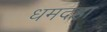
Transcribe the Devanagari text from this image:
धमदहा